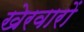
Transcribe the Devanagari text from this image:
खेरवारों